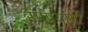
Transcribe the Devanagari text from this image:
सम्प्रयायौं